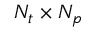
N _ { t } \times N _ { p }